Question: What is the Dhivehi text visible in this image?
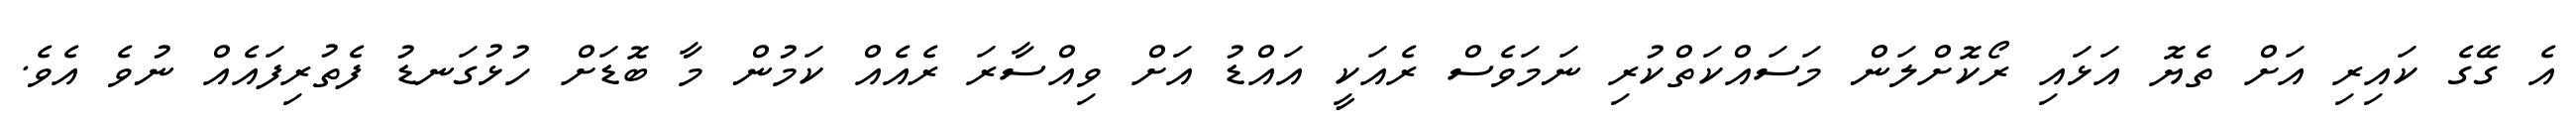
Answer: އެ ގޭގެ ކައިރި އަށް ތެޔޮ އަޅައި ރޯކޮށްލަން މަސައްކަތްކުރި ނަމަވެސް ރެއަކީ އައްޑު އަށް ވިއްސާރަ ރެއެއް ކަމުން މާ ބޮޑަށް ހުޅުގަނޑު ފެތުރިފައެއް ނުވެ އެވެ.